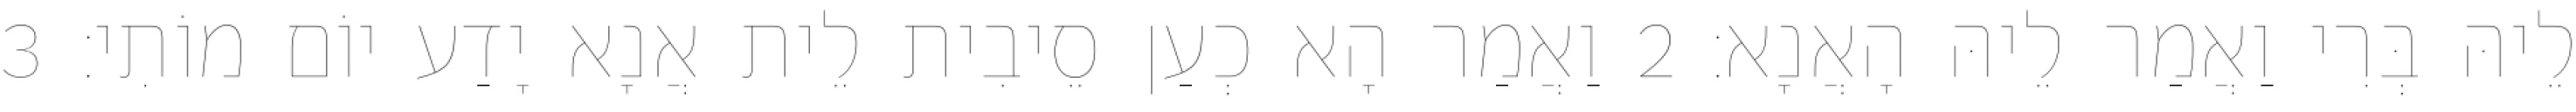
לֵיהּ בְּרִי וַאֲמַר לֵיהּ הָאֲנָא׃ 2 וַאֲמַר הָא כְעַן סֵיבִית לֵית אֲנָא יָדַע יוֹם מוֹתִי׃ 3